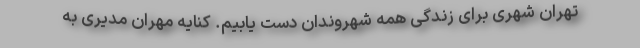
تهران شهری برای زندگی همه شهروندان دست یابیم. کنایه مهران مدیری به